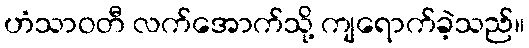
ဟံသာဝတီ လက်အောက်သို့ ကျရောက်ခဲ့သည်။